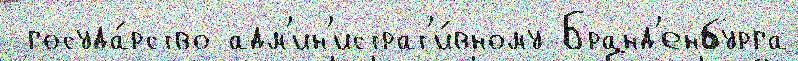
 госуда́рство адм'ин'истрат'и́вному Бранд'енбурга